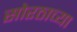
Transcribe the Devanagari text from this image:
सोरठाच्या